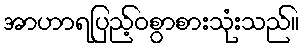
အာဟာရပြည့်ဝစွာစားသုံးသည်။